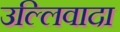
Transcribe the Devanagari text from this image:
उल्लिवादा